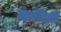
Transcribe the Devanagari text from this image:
मानिती